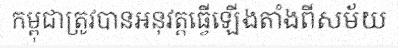
កម្ពុជាត្រូវបានអនុវត្តធ្វើឡើងតាំងពីសម័យ